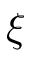
\xi